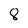
Character: 8